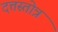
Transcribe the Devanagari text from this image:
दत्तस्तोत्र